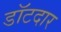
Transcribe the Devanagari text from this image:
डॉटदार